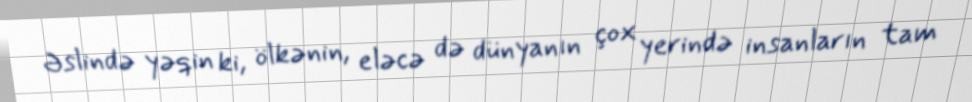
Əslində yəqin ki, ölkənin, eləcə də dünyanın çox yerində insanların tam